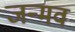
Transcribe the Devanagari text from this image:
जन्मव